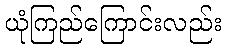
ယုံကြည်ကြောင်းလည်း